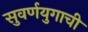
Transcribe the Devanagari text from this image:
सुवर्णयुगाची